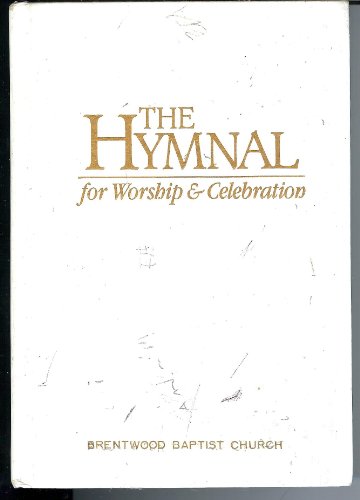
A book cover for The Hymnal for Worship & Celebration (WHITE); Christian Books & Bibles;